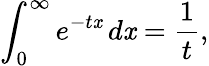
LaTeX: \int_{0}^{\infty}e^{-t\mathit{x}}\, d\mathit{x}={\frac{{1}}{{t}}},